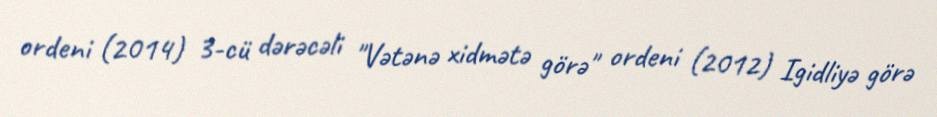
ordeni (2014) 3-cü dərəcəli "Vətənə xidmətə görə" ordeni (2012) Igidliyə görə